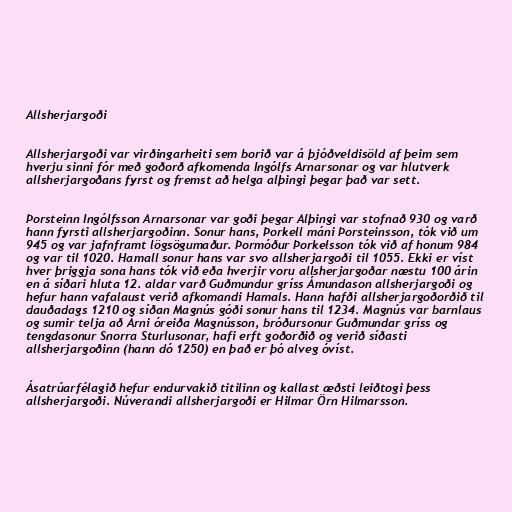
Allsherjargoði

Allsherjargoði var virðingarheiti sem borið var á þjóðveldisöld af þeim sem
hverju sinni fór með goðorð afkomenda Ingólfs Arnarsonar og var hlutverk
allsherjargoðans fyrst og fremst að helga alþingi þegar það var sett.

Þorsteinn Ingólfsson Arnarsonar var goði þegar Alþingi var stofnað 930 og varð
hann fyrsti allsherjargoðinn. Sonur hans, Þorkell máni Þorsteinsson, tók við um
945 og var jafnframt lögsögumaður. Þormóður Þorkelsson tók við af honum 984
og var til 1020. Hamall sonur hans var svo allsherjargoði til 1055. Ekki er víst
hver þriggja sona hans tók við eða hverjir voru allsherjargoðar næstu 100 árin
en á síðari hluta 12. aldar varð Guðmundur gríss Ámundason allsherjargoði og
hefur hann vafalaust verið afkomandi Hamals. Hann hafði allsherjargoðorðið til
dauðadags 1210 og síðan Magnús góði sonur hans til 1234. Magnús var barnlaus
og sumir telja að Árni óreiða Magnússon, bróðursonur Guðmundar gríss og
tengdasonur Snorra Sturlusonar, hafi erft goðorðið og verið síðasti
allsherjargoðinn (hann dó 1250) en það er þó alveg óvíst.

Ásatrúarfélagið hefur endurvakið titilinn og kallast æðsti leiðtogi þess
allsherjargoði. Núverandi allsherjargoði er Hilmar Örn Hilmarsson.